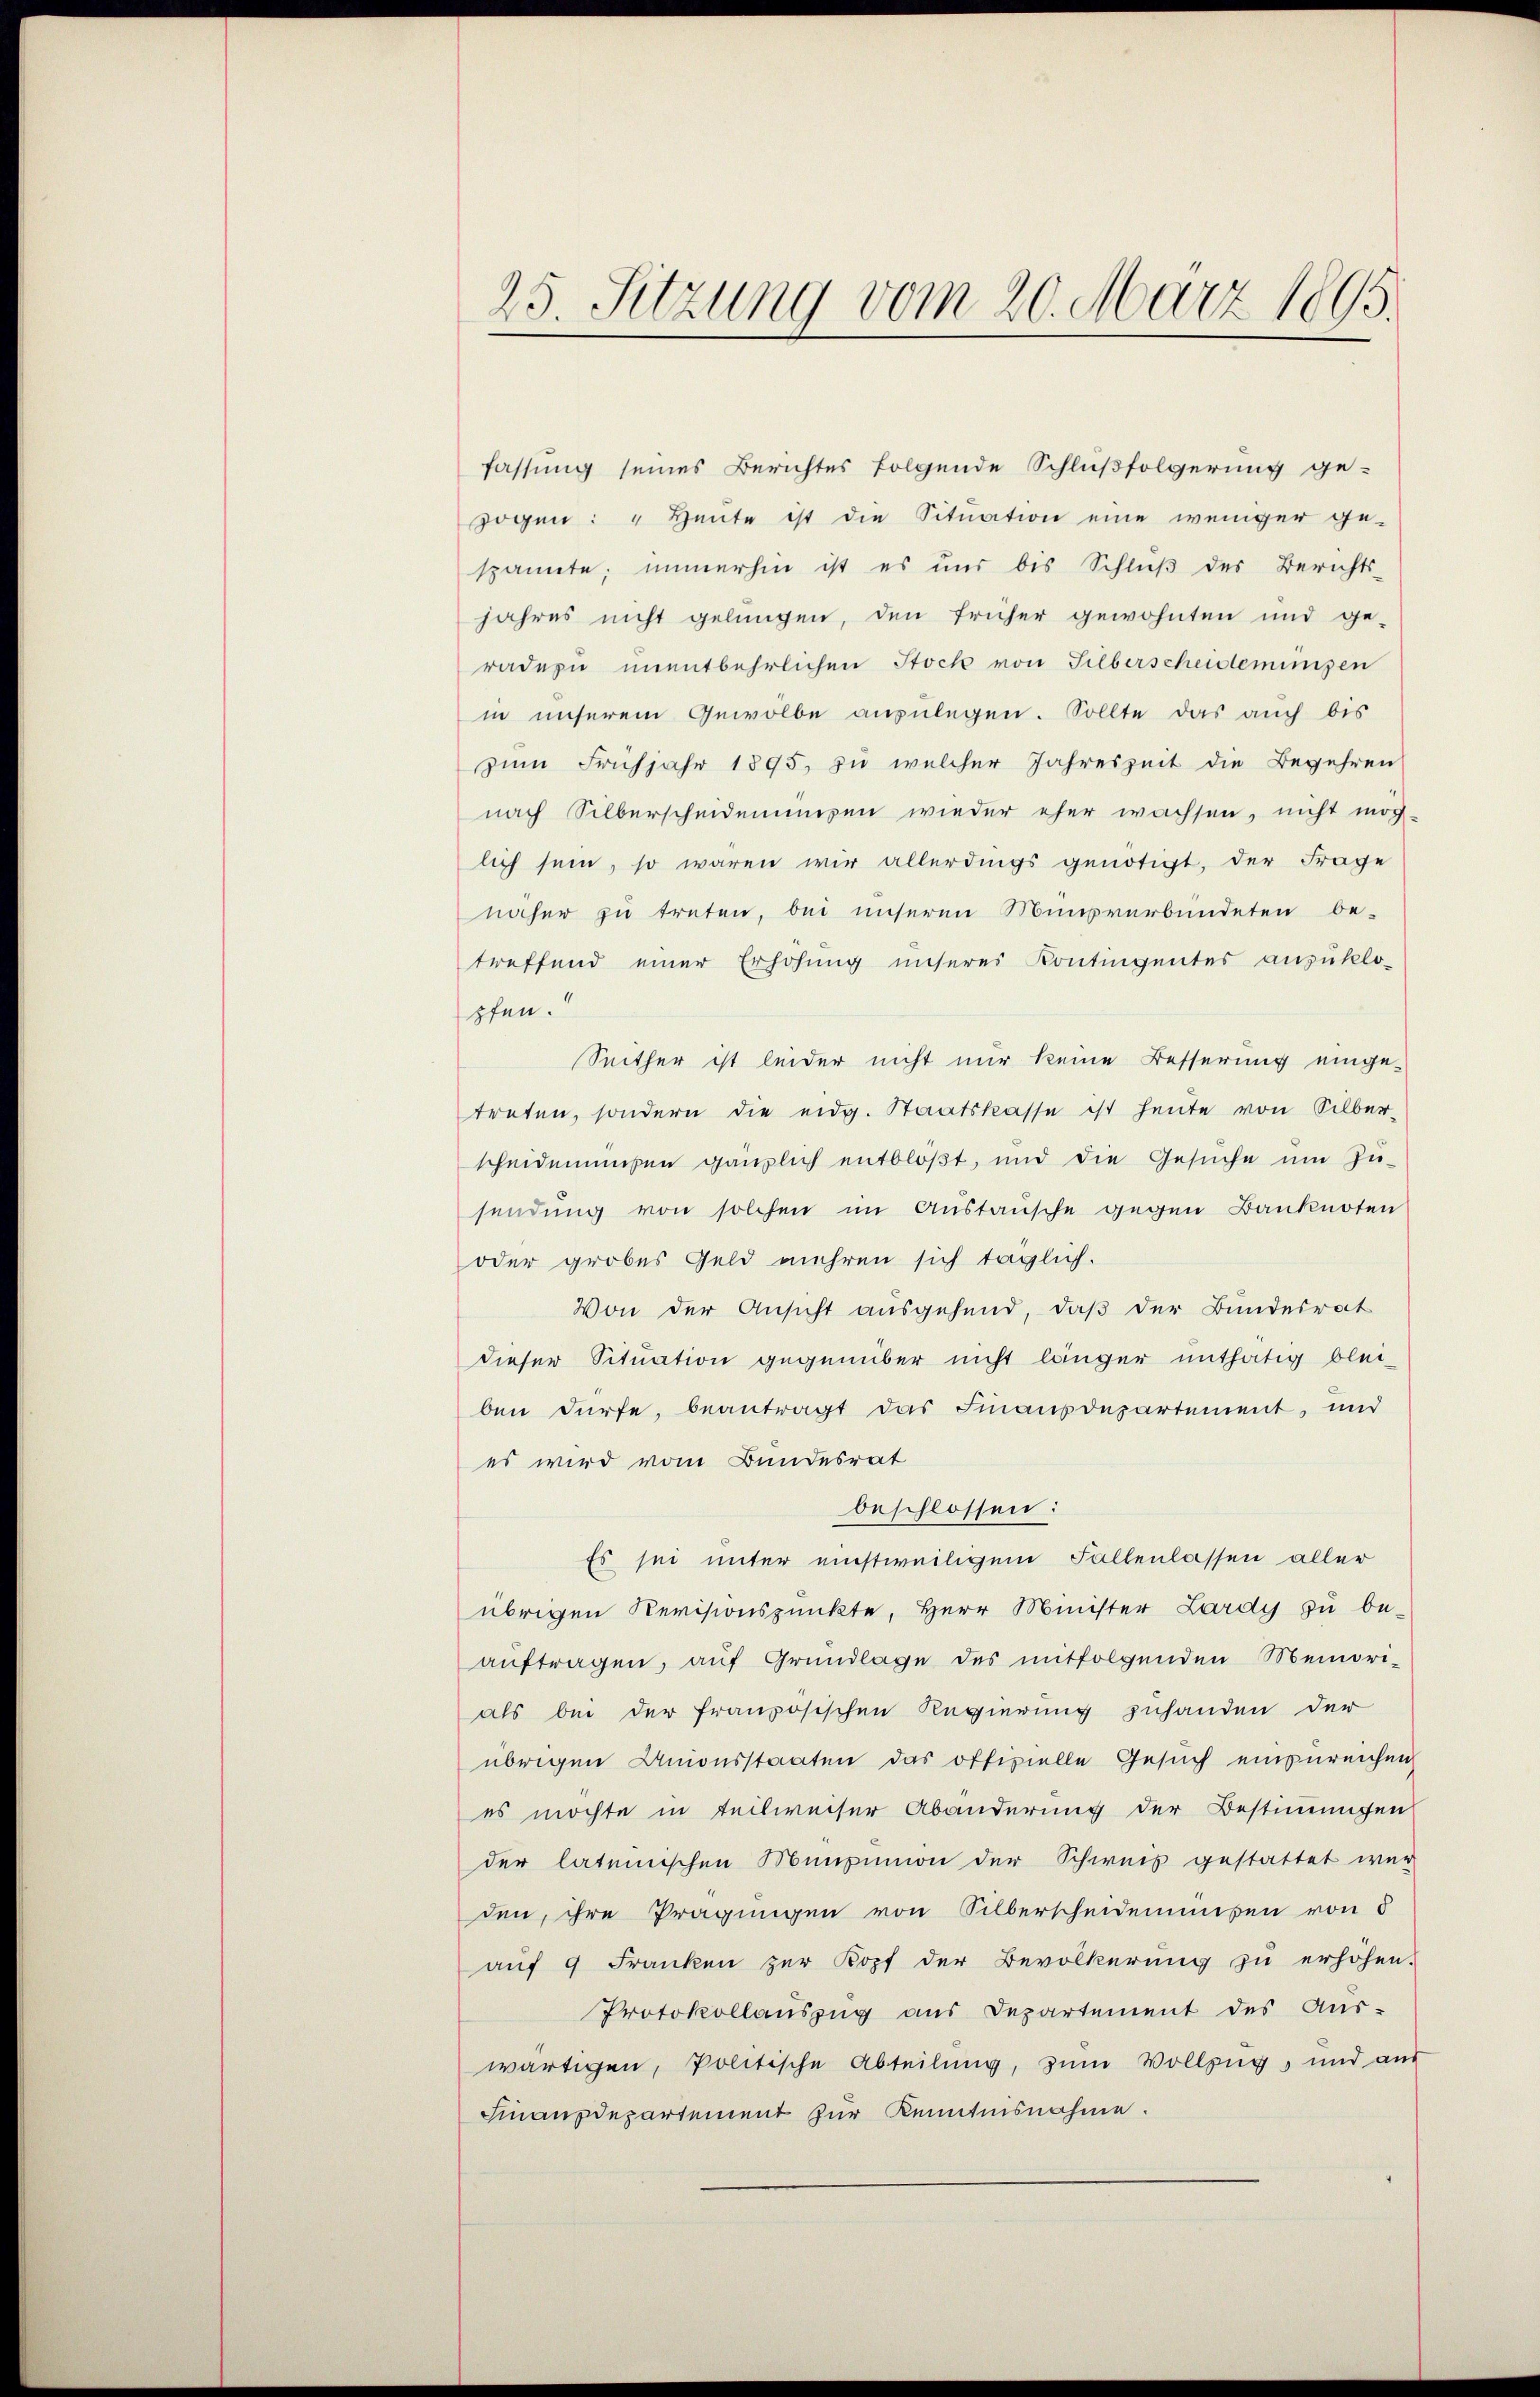
25. Sitzung vom 20. März 1805.

fassung seines Berichtes folgende Schlußfolgerung ge-
zogen: " Heute ist die Situation eine weniger ge-
spannte; immerhin ist es uns bis Schluß des Berichts-
jahres nicht gelungen, den früher gewohnten und ge-
radezu unentbehrlichen Stock von Silberscheidemungen
in unserem Gewölbe anzulegen. Sollte das auch bis
zum Frühjahr 1895, zu welcher Jahreszeit die Begehren
nach Silberscheidenmosen wieder eher wachsen, nicht mög-
lich sein, so waren wir allerdings genötigt, der Frage
näher zu treten, bei unseren Misverbündeten be-
treffend einer Erhöhung unseres Kontingentes anzuklo-
pfen.
Seither ist leider nicht nur keine Besserung einge-
treten, sondern die eidg. Staatskasse ist heute von Silber-
scheidenmosen gänzlich entbloβt, und die Gesŭche ŭm Zŭ-
sendung von solchen im Austausche gegen Banknoten
oder grobes Geld mehren sich täglich.
Von der Ansicht ausgehend, daß der Bundesrat
dieser Situation gegenüber nicht länger unthätig bleiben dürfe, beantragt das Finanzdepartement, und
es wird vom Bundesrat
beschlossen:
Es sei unter einstweiligem Fallenlassen aller
übrigen Revisionspunkte, Herr Minister Lardys zu be-
aŭftragen, aŭf Grundlage des mitfolgenden Memori-
als bei der französischen Regierung zuhanden der
übrigen Unionsstaaten das offizielle Gesuch einzureichen
es möchte in teilweiser Abänderung der Bestimmungen
der lateinischen Munzion der Schweis gestattet wer
den, ihre Prägungen von Silberscheidensen von 5
auf 9 Franken zur Kopf der Bevölkerung zu erhöhen.
Protokollauszug aus Departement des Aus-
wärtigen, Politische Abteilŭng, zŭm Vollzug, und aŭs
Finanzdepartement zur Kenntnisnahme.